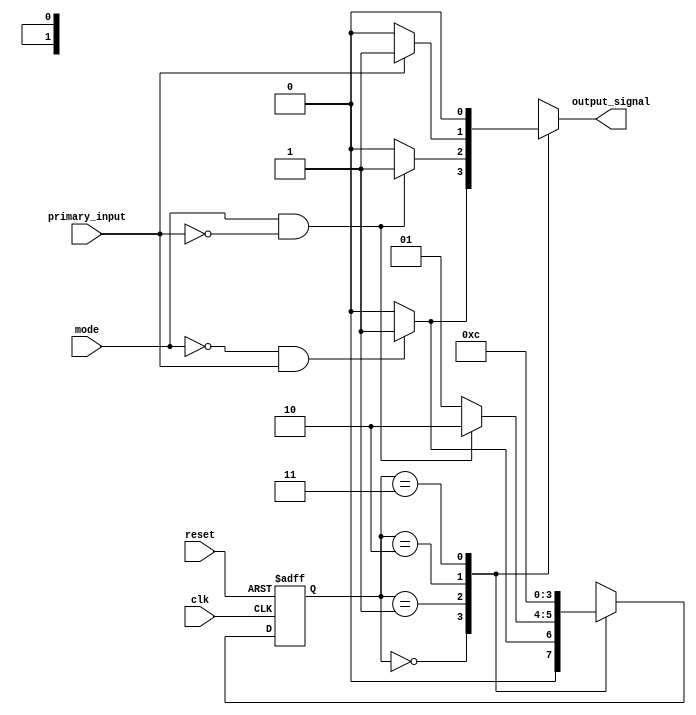
module mode_controlled_mealy_fsm (
    input wire clk,               // Clock signal
    input wire reset,             // Asynchronous reset
    input wire mode,              // Mode control signal (0 or 1)
    input wire primary_input,      // Primary input signal
    output reg output_signal      // Output signal
);

    // State Encoding
    parameter S0 = 2'b00;
    parameter S1 = 2'b01;
    parameter S2 = 2'b10;
    parameter S3 = 2'b11;

    reg [1:0] current_state, next_state;

    // State Transition Logic
    always @(*) begin
        case (current_state)
            S0: begin
                if (mode == 1'b0 && primary_input == 1'b1)
                    next_state = S1;
                else
                    next_state = S0; // Stay in S0
            end
            
            S1: begin
                if (mode == 1'b1 && primary_input == 1'b0)
                    next_state = S2;
                else
                    next_state = S1; // Stay in S1
            end

            S2: begin
                next_state = S3; // Transition to S3 on primary_input = 1 in either mode
            end

            S3: begin
                next_state = S0; // Transition back to S0 (example behavior)
            end

            default: next_state = S0; // Default to S0
        endcase
    end
    
    // State Update Logic
    always @(posedge clk or posedge reset) begin
        if (reset)
            current_state <= S0; // Reset to initial state S0
        else
            current_state <= next_state;
    end

    // Output Logic (Mealy Output)
    always @(*) begin
        case (current_state)
            S0: output_signal = (mode == 1'b0 && primary_input == 1'b1) ? 1'b1 : 1'b0;
            S1: output_signal = (mode == 1'b1 && primary_input == 1'b0) ? 1'b1 : 1'b0;
            S2: output_signal = (primary_input == 1'b1) ? 1'b1 : 1'b0; // Output depends on primary_input
            S3: output_signal = 1'b0; // Example output condition
            default: output_signal = 1'b0;
        endcase
    end

endmodule